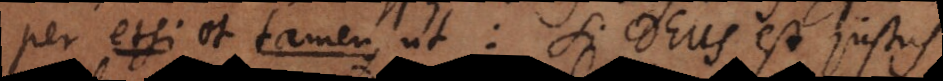
per etsi et tamen, ut: Si Deus est justus